Annual report of the Imperial Bacteriologist
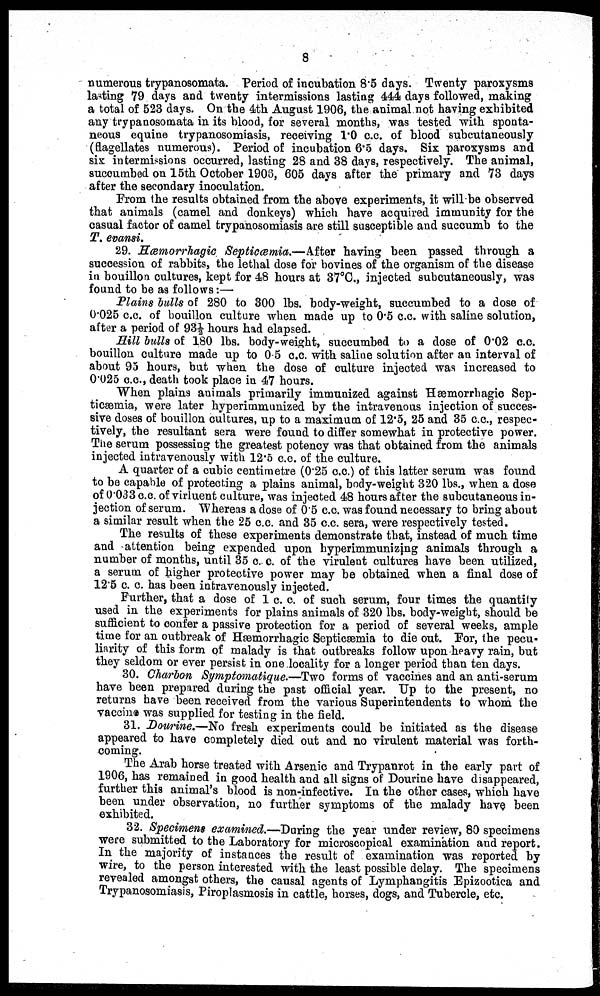
8
numerous trypanosomata. Period of incubation 8.5 days. Twenty paroxysms
lasting 79 days and twenty intermissions lasting 444 days followed, making
a total of 523 days. On the 4th August 1906, the animal not having exhibited
any trypanosomata in its blood, for several months, was tested with sponta-
neous equine trypanosomiasis, receiving 1.0 c.c. of blood subcutaneously
(flagellates numerous). Period of incubation 6.5 days. Six paroxysms and
six intermissions occurred, lasting 28 and 38 days, respectively. The animal,
succumbed on 15th October 1906, 605 days after the primary and 73 days
after the secondary inoculation.
From the results obtained from the above experiments, it will be observed
that animals (camel and donkeys) which have acquired immunity for the
casual factor of camel trypanosomiasis are still susceptible and succumb to the
T. evansi.
29. Hæmorrhagic Septicæmia.—After having been passed through a
succession of rabbits, the lethal dose for bovines of the organism of the disease
in bouillon cultures, kept for 48 hours at 37°C., injected subcutaneously, was
found to be as follows :—
Plains bulls of 280 to 300 lbs. body-weight, succumbed to a dose of
0.025 c.c. of bouillon culture when made up to 0.5 c.c. with saline solution,
after a period of 93½ hours had elapsed.
Hill bulls of 180 lbs. body-weight, succumbed to a dose of 0.02 c.c.
bouillon culture made up to 0.5 c.c. with saline solution after an interval of
about 95 hours, but when the dose of culture injected was increased to
0.025 c.c., death took place in 47 hours.
When plains animals primarily immunized against Hæmorrhagic Sep-
ticæmia, were later hyperimmunized by the intravenous injection of succes-
sive doses of bouillon cultures, up to a maximum of 12.5, 25 and 35 c.c., respec-
tively, the resultant sera were found to differ somewhat in protective power.
The serum possessing the greatest potency was that obtained from the animals
injected intravenously with 12.5 c.c. of the culture.
A quarter of a cubic centimetre (0.25 c.c.) of this latter serum was found
to be capable of protecting a plains animal, body-weight 320 lbs., when a dose
of 0.033 c.c. of virluent culture, was injected 48 hours after the subcutaneous in-
jection of serum. Whereas a dose of 0.5 c.c. was found necessary to bring about
a similar result when the 25 c.c. and 35 c.c. sera, were respectively tested.
The results of these experiments demonstrate that, instead of much time
and attention being expended upon hyperimmunizing animals through a
number of months, until 35 c. c. of the virulent cultures have been utilized,
a serum of higher protective power may be obtained when a final dose of
12.5 c. c. has been intravenously injected.
Further, that a dose of 1 c. c. of such serum, four times the quantity
used in the experiments for plains animals of 320 lbs. body-weight, should be
sufficient to confer a passive protection for a period of several weeks, ample
time for an outbreak of Hæmorrhagic Septicæmia to die out. For, the pecu-
liarity of this form of malady is that outbreaks follow upon heavy rain, but
they seldom or ever persist in one locality for a longer period than ten days.
30. Charbon Symptomatique.—Two forms of vaccines and an anti-serum
have been prepared during the past official year. Up to the present, no
returns have been received from the various Superintendents to whom the
vaccine was supplied for testing in the field.
31. Dourine.—No fresh experiments could be initiated as the disease
appeared to have completely died out and no virulent material was forth-
coming.
The Arab horse treated with Arsenic and Trypanrot in the early part of
1906, has remained in good health and all signs of Dourine have disappeared,
further this animal's blood is non-infective. In the other cases, which have
been under observation, no further symptoms of the malady have been
exhibited.
32. Specimens examined.—During the year under review, 80 specimens
were submitted to the Laboratory for microscopical examination and report.
In the majority of instances the result of examination was reported by
wire, to the person interested with the least possible delay. The specimens
revealed amongst others, the causal agents of Lymphangitis Epizootica and
Trypanosomiasis, Piroplasmosis in cattle, horses, dogs, and Tubercle, etc.